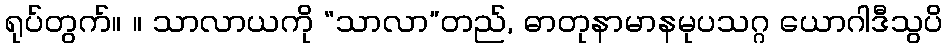
ရုပ်တွက်။ ။ သာလာယကို “သာလာ”တည်, ဓာတုနာမာနမုပသဂ္ဂ ယောဂါဒီသွပိ